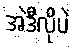
အဲဒီလိုပဲ